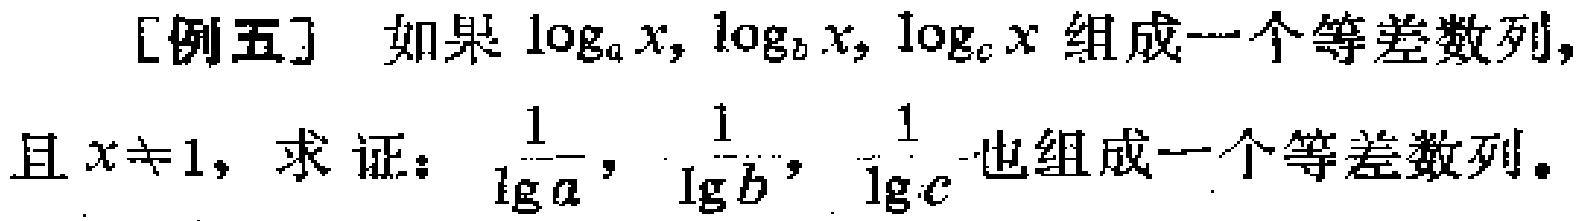
[例五] 如果\(\log_{a}x, \log_{b}x, \log_{c}x\)组成一个等差数列，且\(x\neq1\)，求证：\(\frac{1}{\lg a}, \frac{1}{\lg b}, \frac{1}{\lg c}\)也组成一个等差数列。